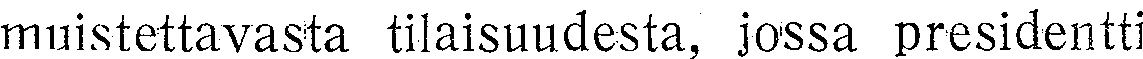
muistettavasta tilaisuudesta, jossa presidentti